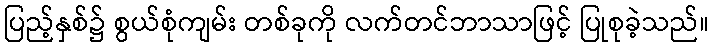
ပြည့်နှစ်၌ စွယ်စုံကျမ်း တစ်ခုကို လက်တင်ဘာသာဖြင့် ပြုစုခဲ့သည်။